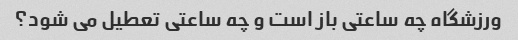
ورزشگاه چه ساعتی باز است و چه ساعتی تعطیل می شود؟